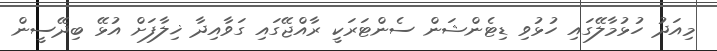
މިއަދު ހުޅުމާލޭގައި ހުޅުވި ޑިޓެންޝަން ސެންޓަރަކީ ރާއްޖޭގައި ގަވާއިދާ ޚިލާފަށް އުޅޭ ބިދޭސީން